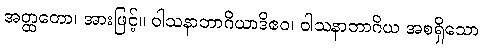
အတ္ထတော၊ အားဖြင့်။ ဝါသနာဘာဂိယာဒိဧဝ၊ ဝါသနာဘာဂိယ အစရှိသော